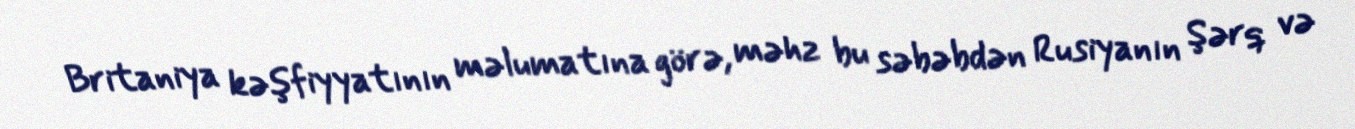
Britaniya kəşfiyyatının məlumatına görə, məhz bu səbəbdən Rusiyanın Şərq və